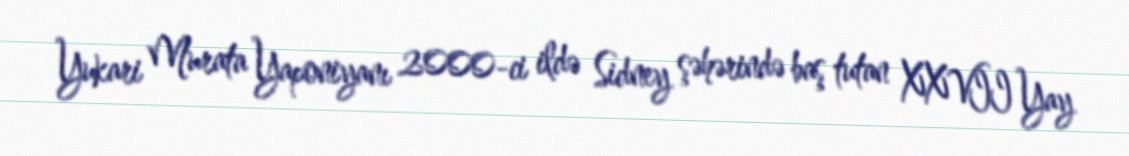
Yukari Murata Yaponiyanı 2000-ci ildə Sidney şəhərində baş tutan XXVII Yay